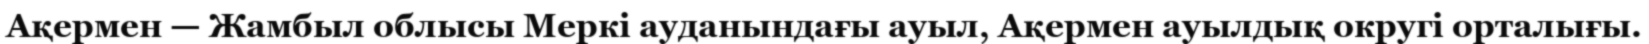
Ақермен — Жамбыл облысы Меркі ауданындағы ауыл, Ақермен ауылдық округі орталығы.